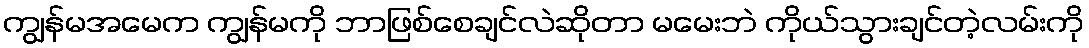
ကျွန်မအမေက ကျွန်မကို ဘာဖြစ်စေချင်လဲဆိုတာ မမေးဘဲ ကိုယ်သွားချင်တဲ့လမ်းကို